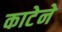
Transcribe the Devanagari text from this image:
काटेने